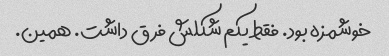
خوشمزه بود. فقط یکم شکلش فرق داشت. همین.